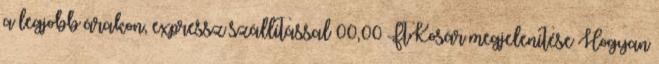
a legjobb árakon, expressz szállítással 00,00 FtKosár megjelenítése Hogyan